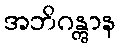
အဘိဂန္တွာန